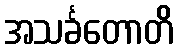
အသင်္ခတောတိ